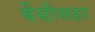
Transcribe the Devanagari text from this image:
बेंसीसहर